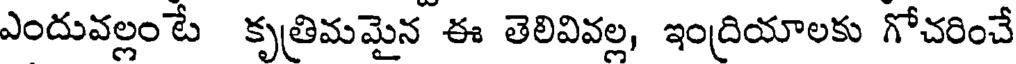
ఎందువల్లం టే కృత్రిమమైన ఈ తెలివివల్ల, ఇంద్రియాలకు గోచరించే